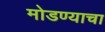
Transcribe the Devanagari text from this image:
मोडण्याचा